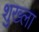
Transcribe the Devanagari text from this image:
शुख्ला